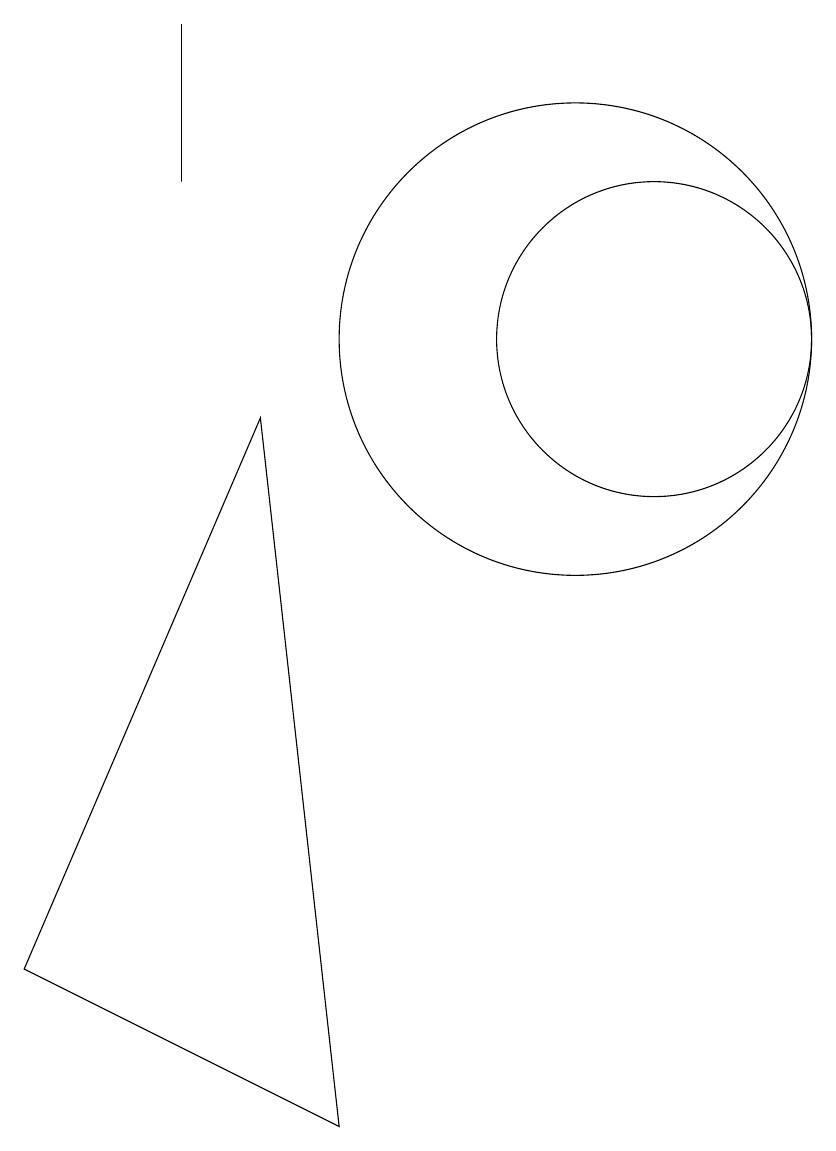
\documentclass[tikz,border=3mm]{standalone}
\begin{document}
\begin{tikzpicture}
\draw (3,2) -- (6,9) -- (7,0) -- cycle;
\draw (5,14) rectangle (5,12);
\draw (10,10) circle (3);
\draw (11,10) circle (2);
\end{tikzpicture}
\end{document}